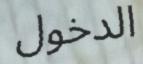
الدخول